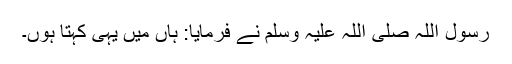
رسول اللہ صلی اللہ علیہ وسلم نے فرمایا: ہاں میں یہی کہتا ہوں۔